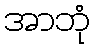
အာဘုံ